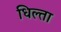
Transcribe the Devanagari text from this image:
धिल्ता